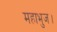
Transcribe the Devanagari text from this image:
महाभुज।